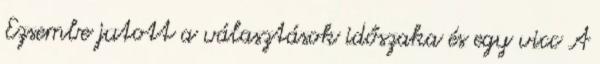
Ezsembe jutott a választások időszaka és egy vicc A